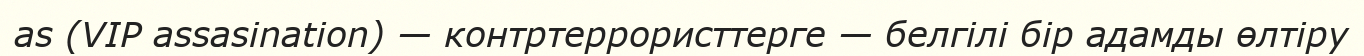
as (VIP assasination) — контртеррористтерге — белгілі бір адамды өлтіру